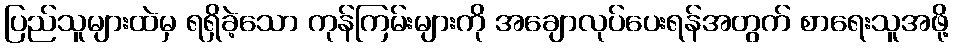
ပြည်သူများထဲမှ ရရှိခဲ့သော ကုန်ကြမ်းများကို အချောလုပ်ပေးရန်အတွက် စာရေးသူအဖို့